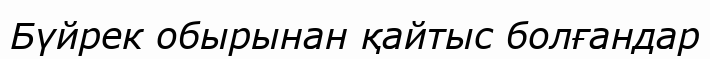
Бүйрек обырынан қайтыс болғандар